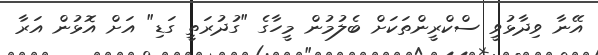
އޭނާ ވިދާޅުވީ ސްކްރީންތަކަށް ބެލުމުން މީހާގެ "ގުދުރަތީ ގަޑި" އަށް އޮޅުން އަރާ